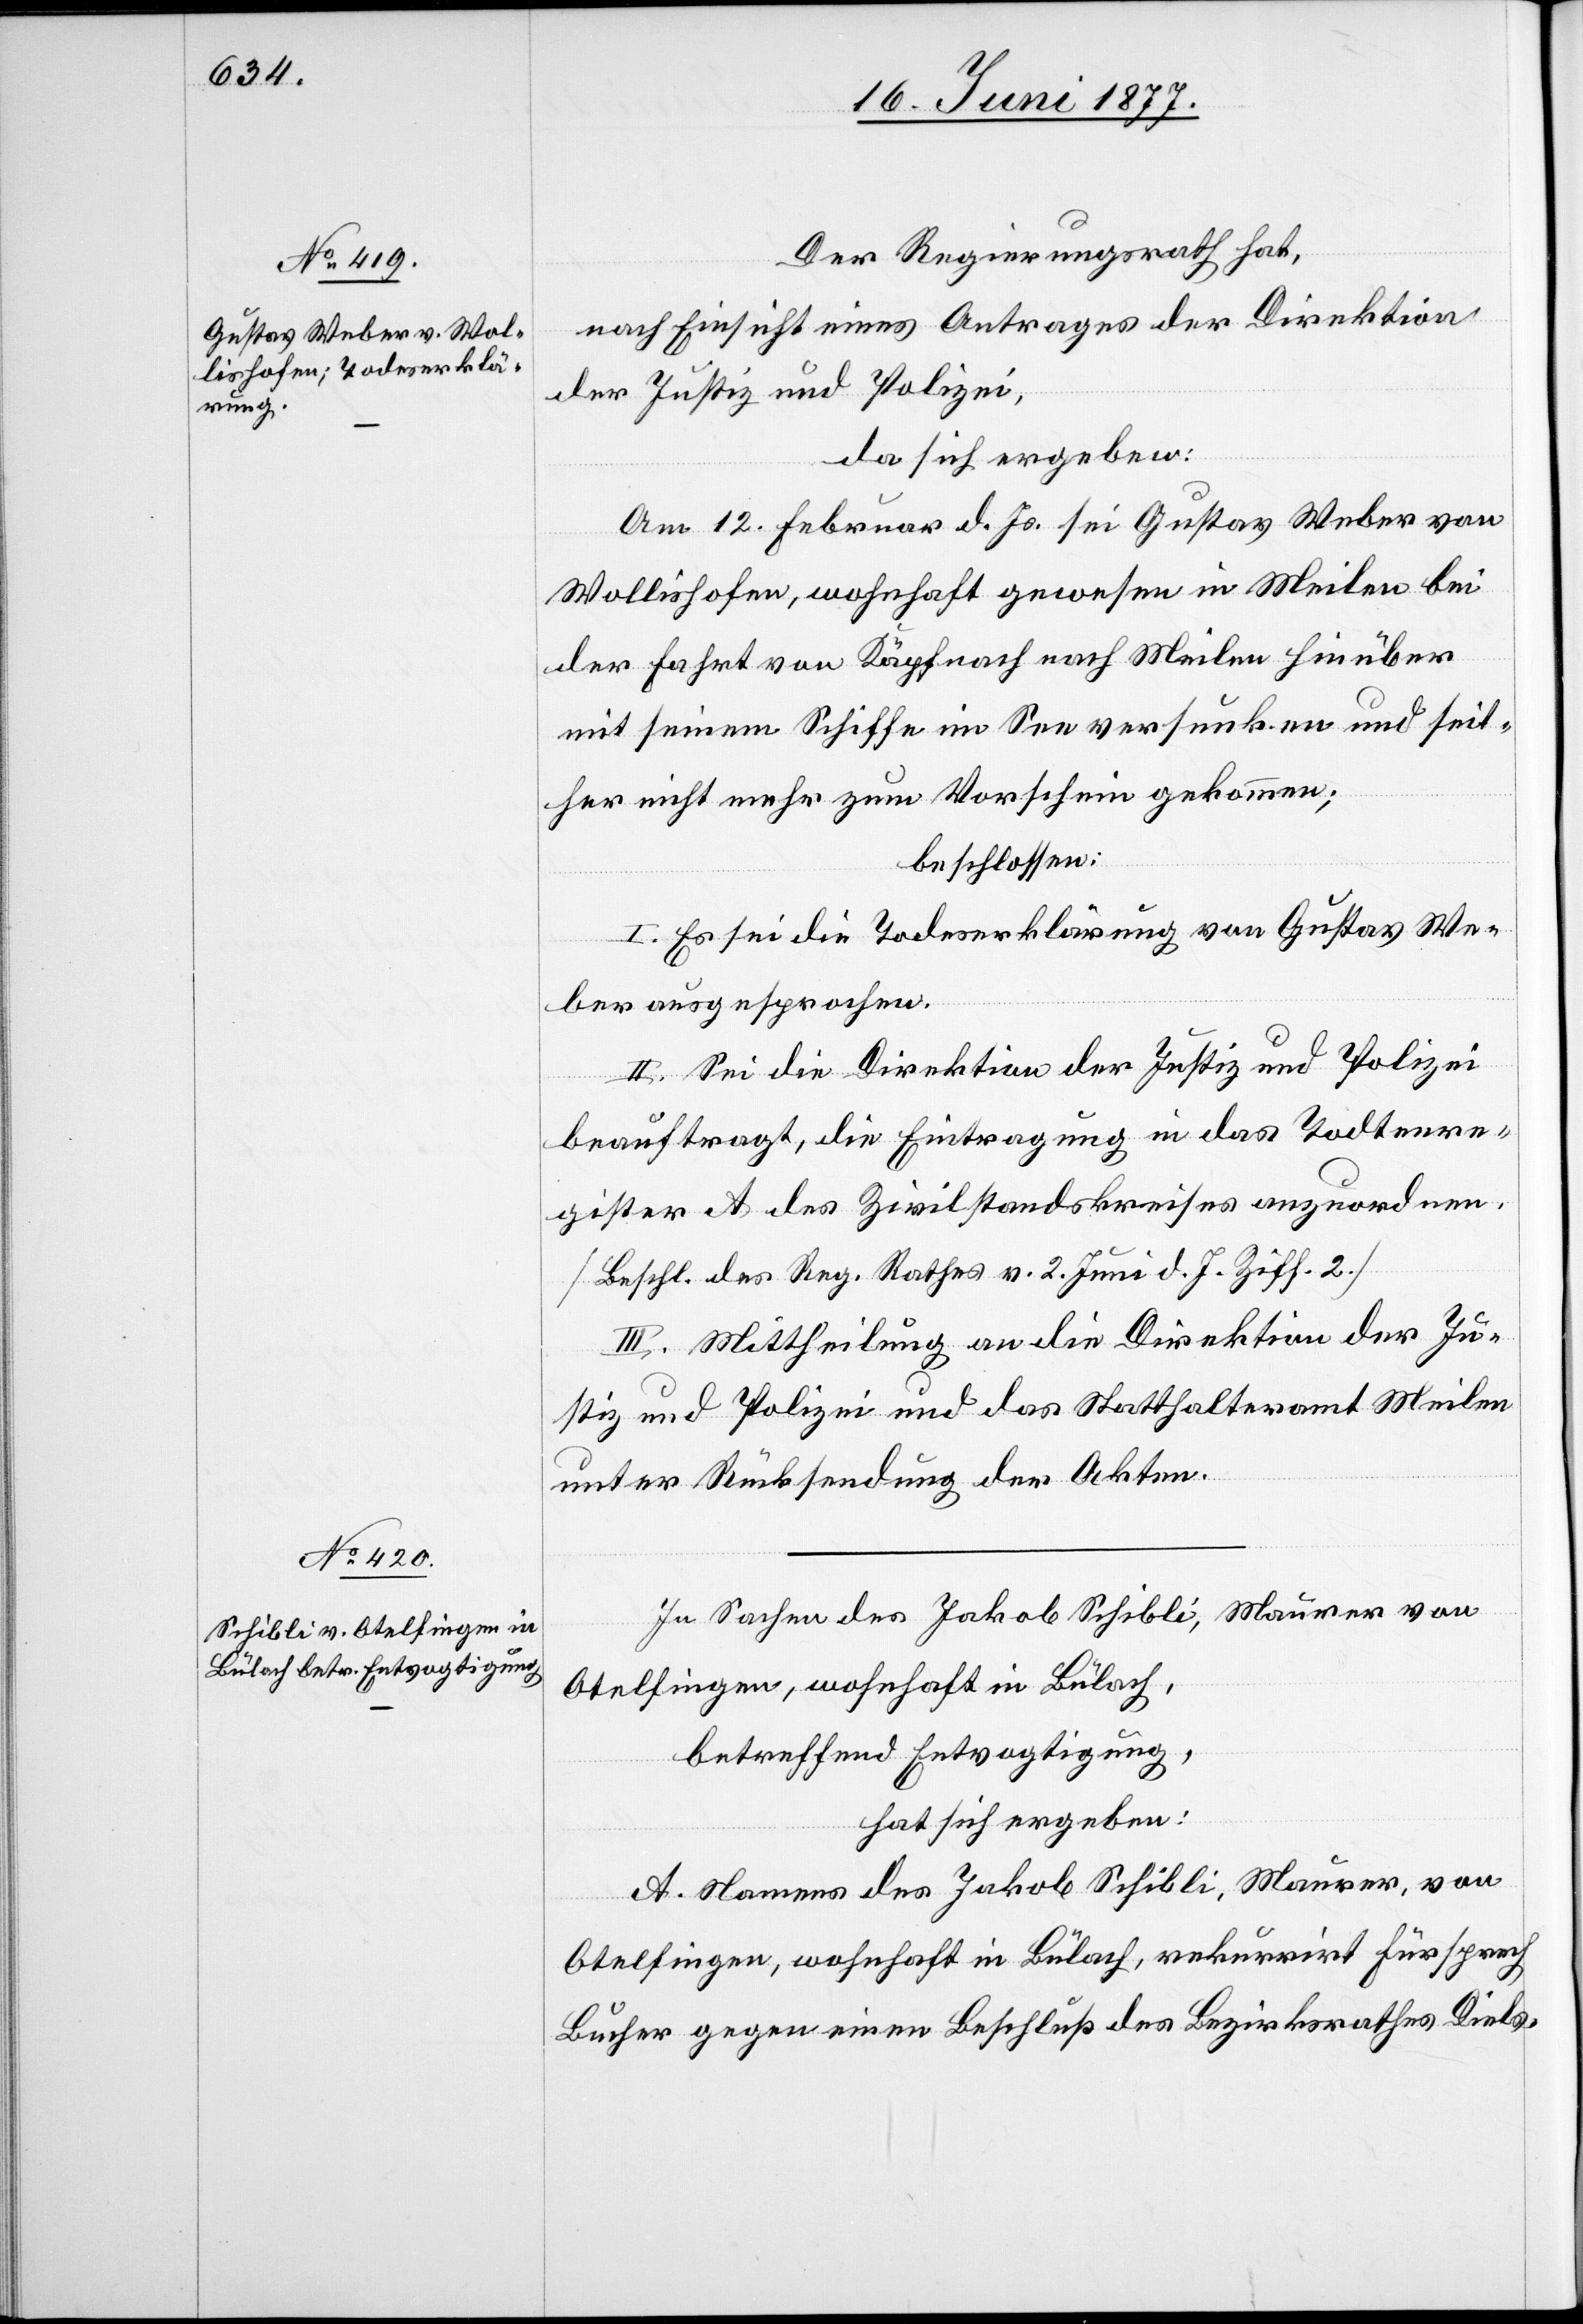
Der Regierungsrath hat,
nach Einsicht eines Antrages der Direktion
der Justiz und Polizei,
da sich ergeben:
Am 12. Februar d. Js. sei Gustav Weber von
Wollishofen, wohnhaft gewesen in Meilen bei
der Fahrt von Käpfnach nach Meilen hinüber
mit seinem Schiffe im See versunken und seit¬
her nicht mehr zum Vorschein gekommen;
beschlossen:
I. Es sei die Todeserklärung von Gustav We¬
ber ausgesprochen.
II. Sei die Direktion der Justiz und Polizei
beauftragt, die Eintragung in das Todtenre¬
gister A des Zivilstandskreises anzuordnen.
[Beschl. des Reg. Rathes v. 2. Juni d. Js. Ziff. 2].
III. Mittheilung an die Direktion der Ju¬
stiz und Polizei und das Statthalteramt Meilen
unter Rücksendung der Akten.
In Sachen des Jakob Schibli, Maurer von
Otelfingen, wohnhaft in Bülach,
betreffend Entvogtigung,
hat sich ergeben:
A. Namens des Jakob Schibli, Maurer, von
Otelfingen, wohnhaft in Bülach, rekurrirt Fürsprech
Bucher gegen einen Beschluß des Bezirksrathes Diels-